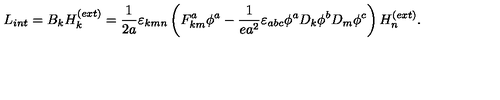
L _ { i n t } = B _ { k } H _ { k } ^ { ( e x t ) } = \frac { 1 } { 2 a } \varepsilon _ { k m n } \left( F _ { k m } ^ { a } \phi ^ { a } - \frac { 1 } { e a ^ { 2 } } \varepsilon _ { a b c } \phi ^ { a } D _ { k } \phi ^ { b } D _ { m } \phi ^ { c } \right) H _ { n } ^ { ( e x t ) } .